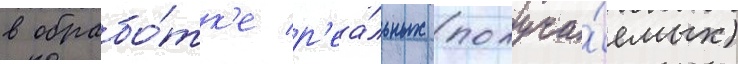
в обрабо́тк'е р'еа́льных (получа́емых)